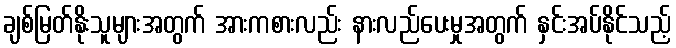
ချစ်မြတ်နိုးသူများအတွက် အားကစားလည်း နားလည်ပေးမှုအတွက် နှင်းအပ်နိုင်သည့်